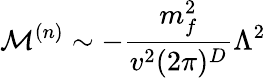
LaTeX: \mathcal{M}^{(n)}\sim-\frac{m_{f}^{2}}{v^{2}(2\pi)^{D}}\Lambda^{2}